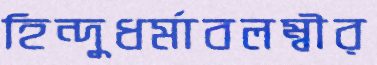
হিন্দুধর্মাবলম্বীর